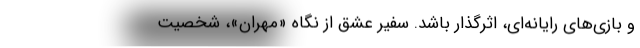
و بازی‌های رایانه‌ای، اثرگذار باشد. سفیر عشق از نگاهِ «مهران»، شخصیت